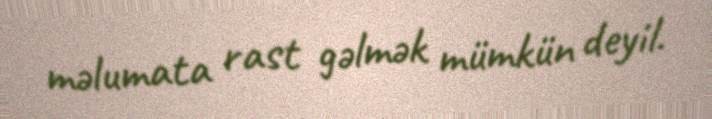
məlumata rast gəlmək mümkün deyil.